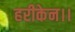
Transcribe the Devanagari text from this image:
हरीकेन।।